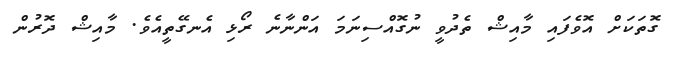
ގޮތަކަށް އޮވެފައި މާއިޝް ތެދުވީ ނުގޮއްސިނަމަ އަންނާނެ ރޯޅި އެނގޭތީއެވެ. މާއިޝް ދޮރުން